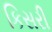
કિસરી